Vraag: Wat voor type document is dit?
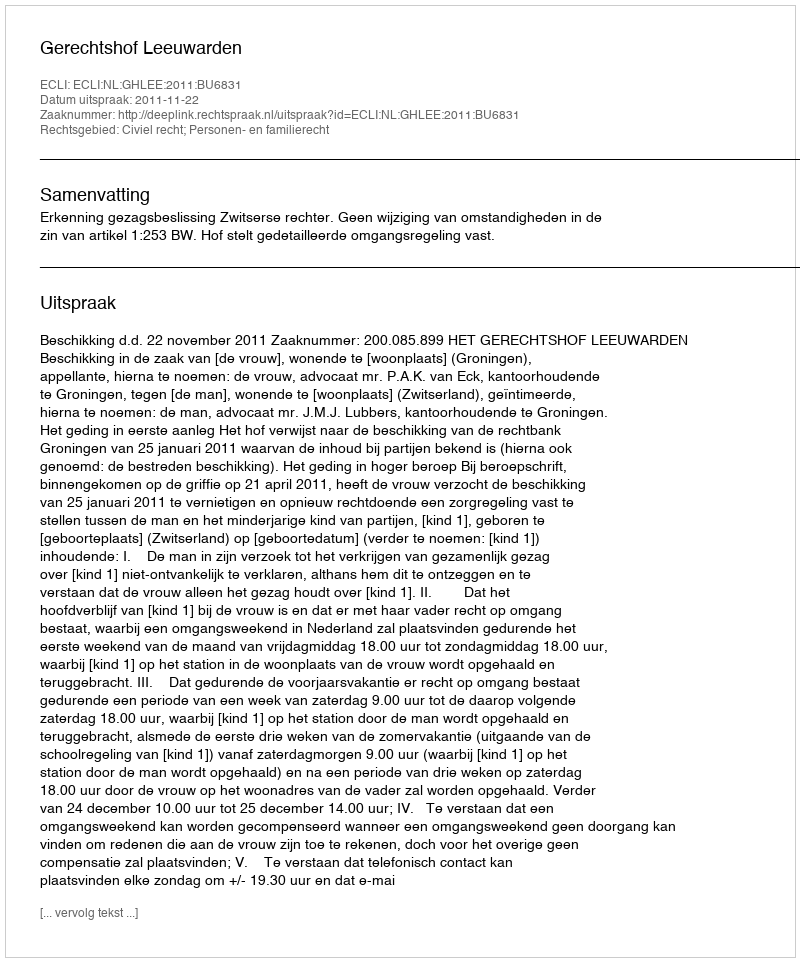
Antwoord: Uitspraak